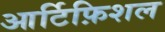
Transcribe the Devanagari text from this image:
आर्टिफ़िशल